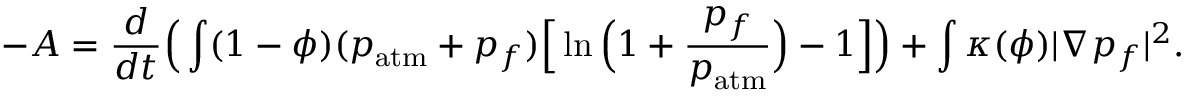
- A = \frac { d } { d t } \Big ( \int ( 1 - \phi ) ( p _ { \mathrm { a t m } } + p _ { f } ) \Big [ \ln \Big ( 1 + \frac { p _ { f } } { p _ { \mathrm { a t m } } } \Big ) - 1 \Big ] \Big ) + \int \kappa ( \phi ) | \nabla p _ { f } | ^ { 2 } .